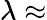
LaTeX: \lambda\approx